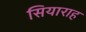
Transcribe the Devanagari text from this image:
सियाराह